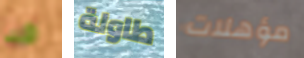
قد طاولة مؤهلات